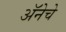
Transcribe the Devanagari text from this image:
अॅनेचे